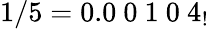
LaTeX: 1/5=0.0\ 0\ 1\ 0\ 4_{!}